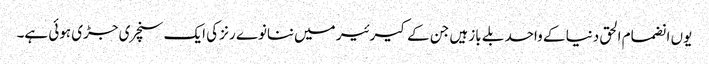
یوں انضمام الحق دنیا کے واحد بلے باز ہیں جن کے کیرئیر میں ننانوے رنز کی ایک سنچری جڑی ہوئی ہے۔